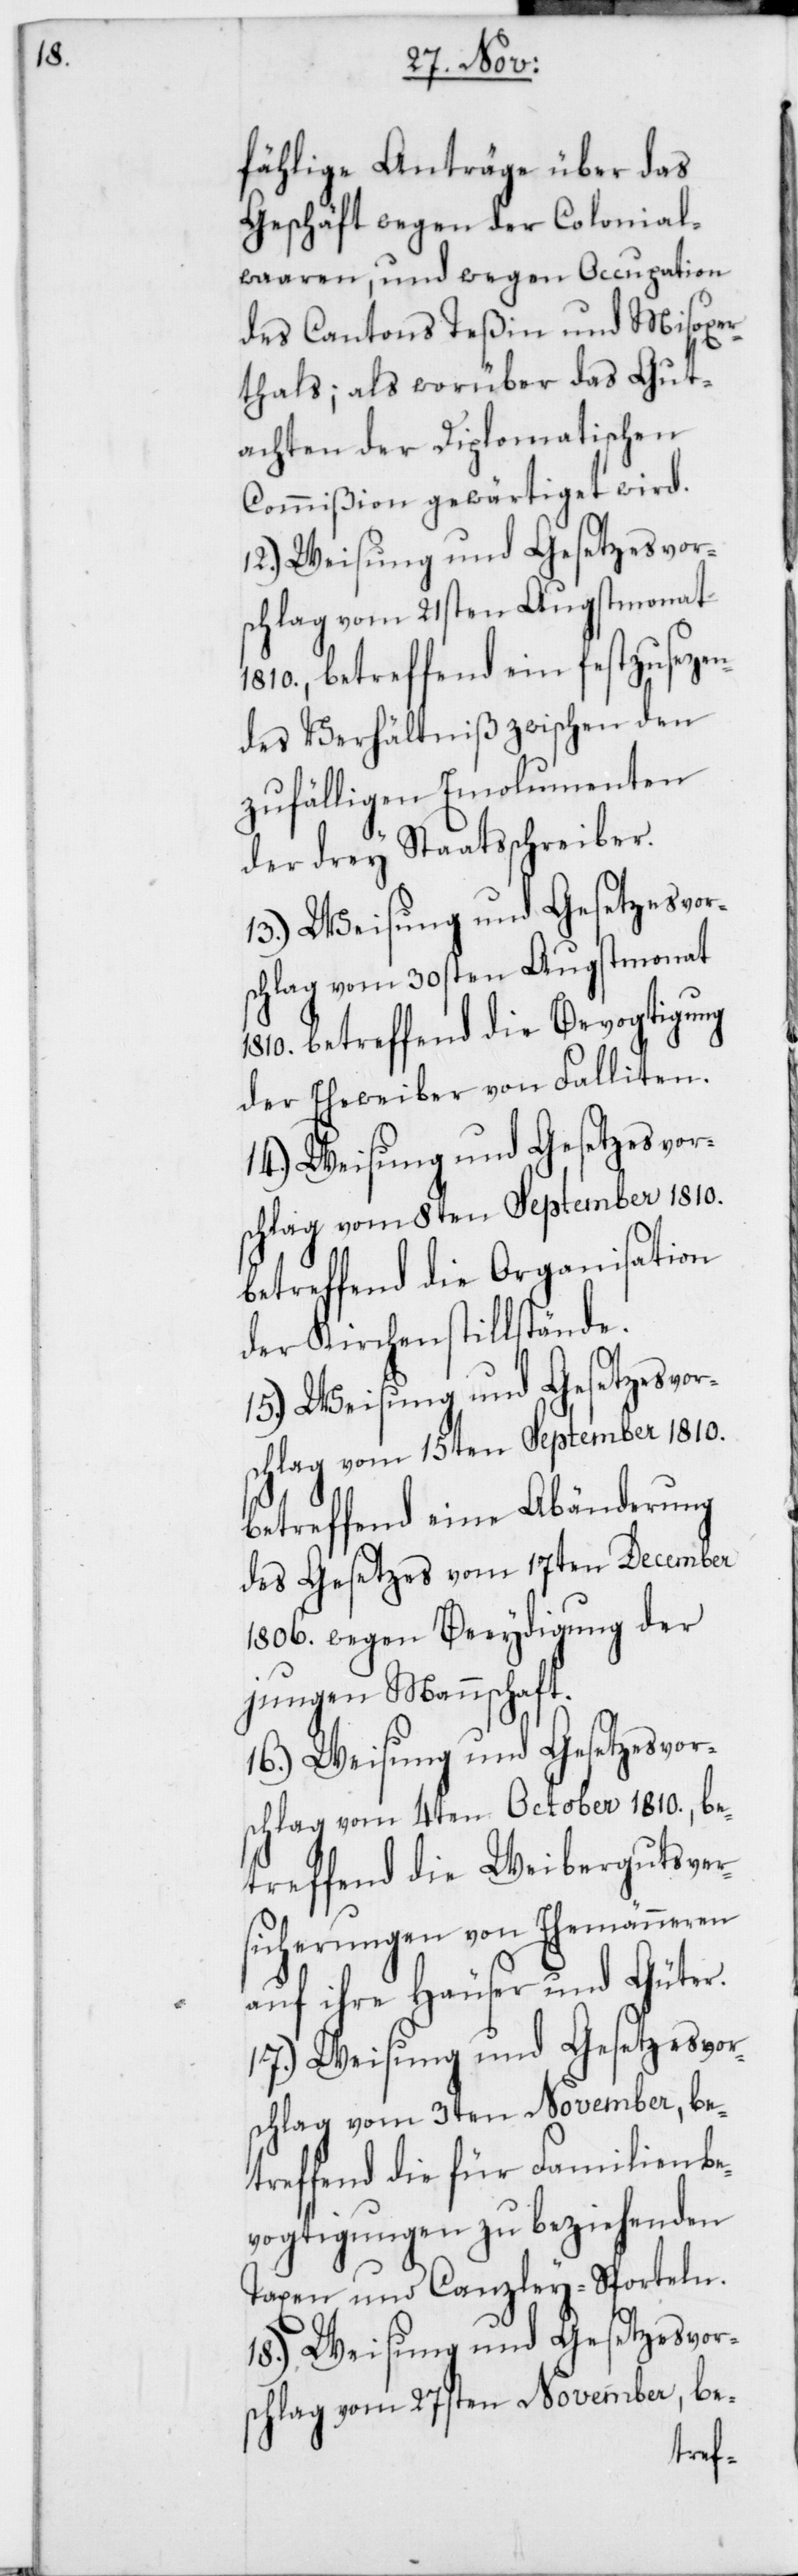
fählige Anträge über das
Geschäft wegen der Colonial¬
waaren, und wegen Occupation
des Cantons Teßin und Misoxer¬
thals; als worüber das Gut¬
achten der Diplomatischen
Conmmißion gewärtiget wird.
12.) Weisung und Gesetzesvor¬
schlag vom 21sten Augstmonat
1810., betreffend ein festzusetzen¬
des Verhältniß zwischen den
zufälligen Emolumenten
der drey Staatsschreiber.
13.) Weisung und Gesetzesvor¬
schlag vom 30sten Augstmonat
1810. betreffend die Bevogtigung
der Eheweiber von Falliten.
14.) Weisung und Gesetzesvor¬
schlag vom 8ten September 1810.
betreffend die Organisation
der Kirchenstillstände.
15.) Weisung und Gesetzesvor¬
schlag vom 15ten September 1810.
betreffend eine Abänderung
des Gesetzes vom 17ten December
1806. wegen Beeydigung der
jungen Mannschaft.
16.) Weisung und Gesetzesvor¬
schlag vom 4ten October 1810., be¬
treffend die Weibergutsver¬
sicherungen von Ehemänneren
auf ihre Häuser und Güter.
17.) Weisung und Gesetzesvor¬
schlag vom 3ten November, be¬
treffend die für Familienbe¬
vogtigungen zu beziehenden
Taxen und Canzley-Sporteln.
18.) Weisung und Gesetzesvors¬
chlag vom 27sten November, be-